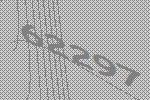
62297